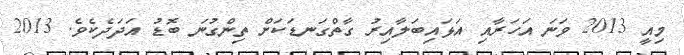
މިއީ 2013 ވަނަ އަހަރާއި އަޅައިބަލާއިރު ގާތްގަނޑަކަށް ތިންގުނަ ބޮޑު އަދަދެކެވެ. 2013